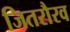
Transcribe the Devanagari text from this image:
जितरौरव